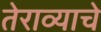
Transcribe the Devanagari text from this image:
तेराव्याचे